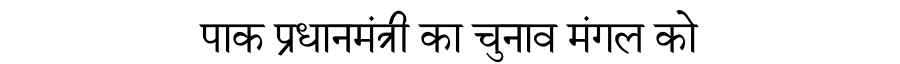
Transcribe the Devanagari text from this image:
पाक प्रधानमंत्री का चुनाव मंगल को